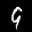
Label: 9